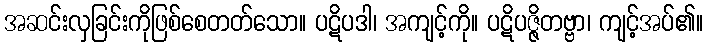
အဆင်းလှခြင်းကိုဖြစ်စေတတ်သော။ ပဋိပဒါ၊ အကျင့်ကို။ ပဋိပဇ္ဇိတဗ္ဗာ၊ ကျင့်အပ်၏။